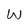
Character: W